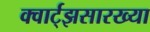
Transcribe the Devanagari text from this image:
क्वार्ट्‌झसारख्या